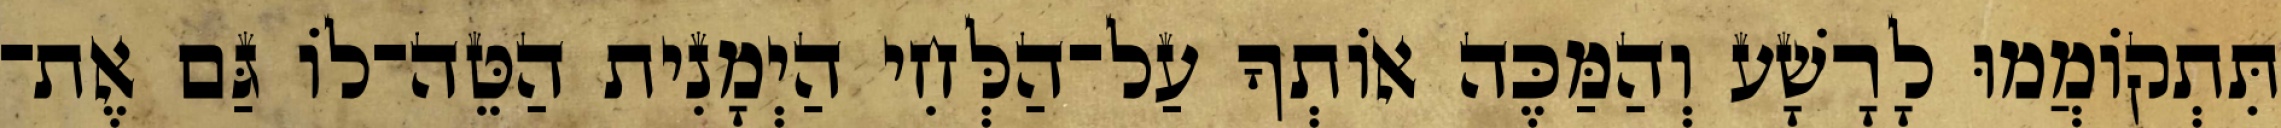
תִּתְקוֹמֲמוּ לָרָשָׁע וְהַמַּכֶּה אוֹתְךָ עַל־הַלְּחִי הַיְמָנִית הַטֵּה־לוֹ גַּם אֶת־